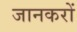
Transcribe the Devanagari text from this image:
जानकरों